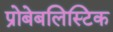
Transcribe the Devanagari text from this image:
प्रोबेबलिस्टिक